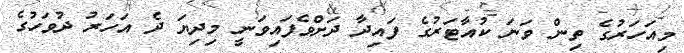
މިއަހަރުގެ ތިން ވަނަ ކުއާޓަރުގެ ފައިދާ ދަށްވެފައިވަނީ މިދިޔަ ދެ އަހަރު ދުވަހުގެ